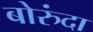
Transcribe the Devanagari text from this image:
बोरुंदा